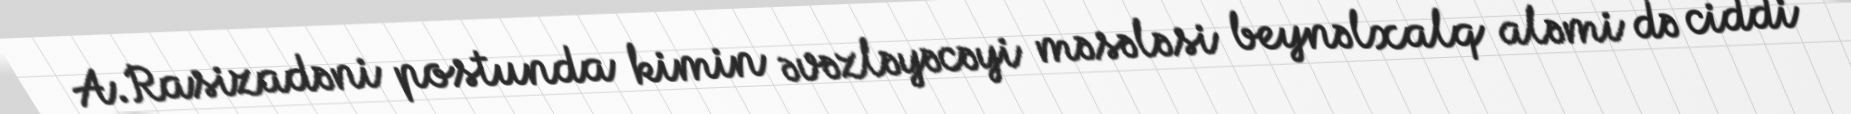
A.Rasizadəni postunda kimin əvəzləyəcəyi məsələsi beynəlxalq aləmi də ciddi